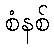
စံနစ်